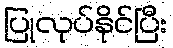
ပြုလုပ်နိုင်ပြီး